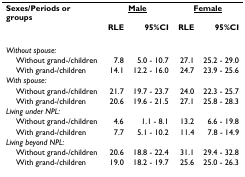
<table><thead><tr><td><b>Sexes/Periods or groups</b></td><td colspan="2"><b><underline>Male</underline></b></td><td colspan="2"><b><underline>Female</underline></b></td></tr><tr><td></td><td><b>RLE</b></td><td><b>95%CI</b></td><td><b>RLE</b></td><td><b>95%CI</b></td></tr></thead><tbody><tr><td><i>Without spouse:</i></td><td></td><td></td><td></td><td></td></tr><tr><td> Without grand-/children</td><td>7.8</td><td>5.0 - 10.7</td><td>27.1</td><td>25.2 - 29.0</td></tr><tr><td> With grand-/children</td><td>14.1</td><td>12.2 - 16.0</td><td>24.7</td><td>23.9 - 25.6</td></tr><tr><td><i>With spouse:</i></td><td></td><td></td><td></td><td></td></tr><tr><td> Without grand-/children</td><td>21.7</td><td>19.7 - 23.7</td><td>24.0</td><td>22.3 - 25.7</td></tr><tr><td> With grand-/children</td><td>20.6</td><td>19.6 - 21.5</td><td>27.1</td><td>25.8 - 28.3</td></tr><tr><td><i>Living under NPL:</i></td><td></td><td></td><td></td><td></td></tr><tr><td> Without grand-/children</td><td>4.6</td><td>1.1 - 8.1</td><td>13.2</td><td>6.6 - 19.8</td></tr><tr><td> With grand-/children</td><td>7.7</td><td>5.1 - 10.2</td><td>11.4</td><td>7.8 - 14.9</td></tr><tr><td><i>Living beyond NPL:</i></td><td></td><td></td><td></td><td></td></tr><tr><td> Without grand-/children</td><td>20.6</td><td>18.8 - 22.4</td><td>31.1</td><td>29.4 - 32.8</td></tr><tr><td> With grand-/children</td><td>19.0</td><td>18.2 - 19.7</td><td>25.6</td><td>25.0 - 26.3</td></tr></tbody></table>